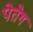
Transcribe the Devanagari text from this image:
पेतेग